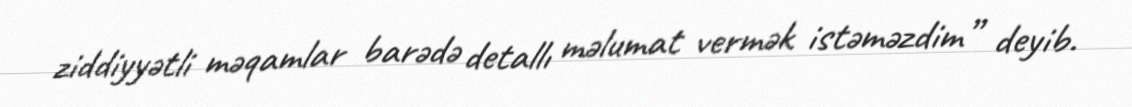
ziddiyyətli məqamlar barədə detallı məlumat vermək istəməzdim” deyib.